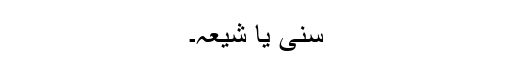
سنّی یا شیعہ۔